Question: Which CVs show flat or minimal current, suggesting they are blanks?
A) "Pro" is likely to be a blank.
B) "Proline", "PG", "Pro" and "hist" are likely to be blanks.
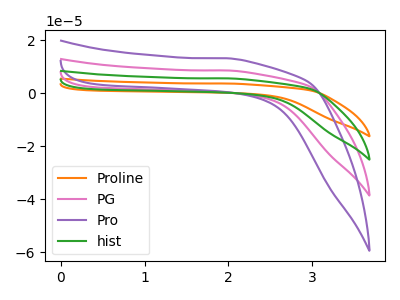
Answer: <think>The orange curve "Proline" has no peaks. The pink curve "PG" has no peaks. The purple curve "Pro" has no peaks. The green curve "hist" has no peaks.</think>
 <answer>B) "Proline", "PG", "Pro" and "hist" are likely to be blanks.</answer>
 <eval>B</eval>